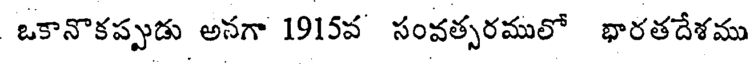
ఒకానొకప్పుడు అనగా 1915వ సంవత్సరములో భారతదేశము